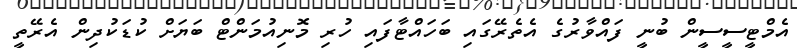
އެމްޓީސީސީން ބުނީ ފައްވާރުގެ އެތެރޭގައި ބަހައްޓާފައި ހުރި މޮނިއުމަންޓް ބަޔަށް ކުޑަކުދިން އެރޭތީ